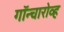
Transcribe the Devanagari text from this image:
गॉन्चारोव्ह